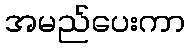
အမည်ပေးကာ